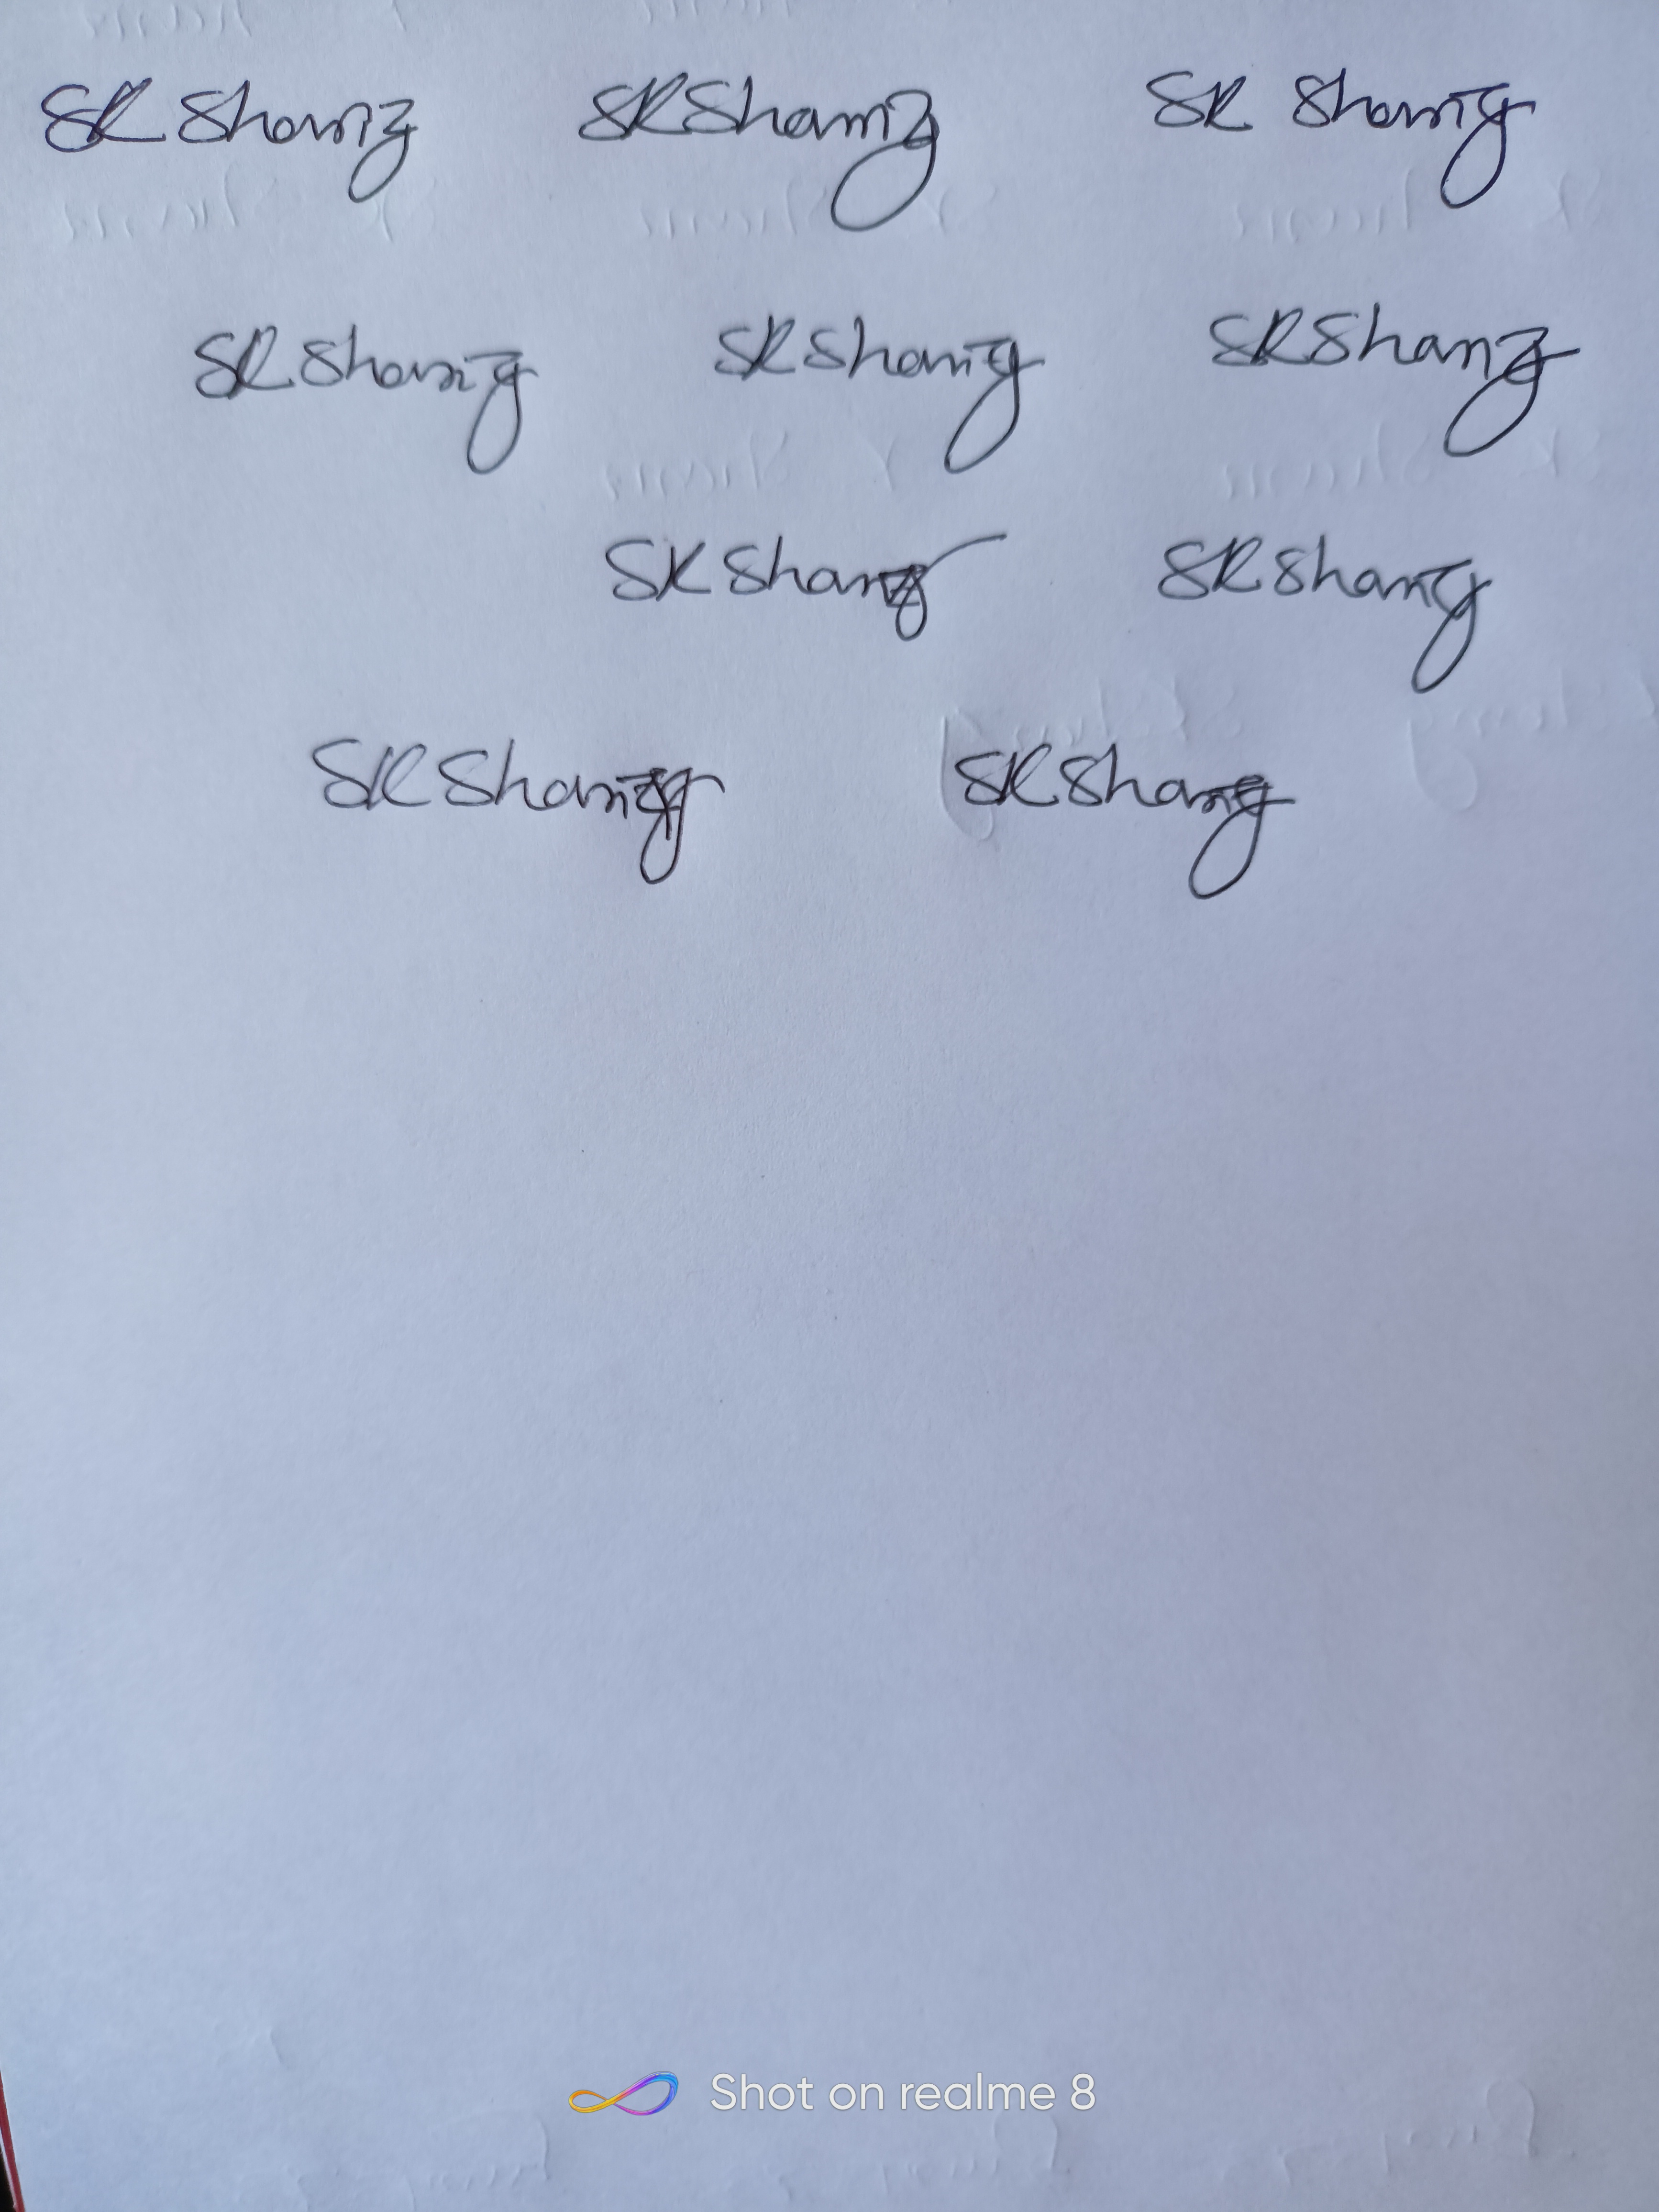
Signature authenticity: genuine